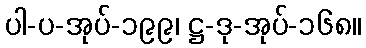
ပါ-ပ-အုပ်-၁၉၉၊ ဋ္ဌ-ဒု-အုပ်-၁၆၈။